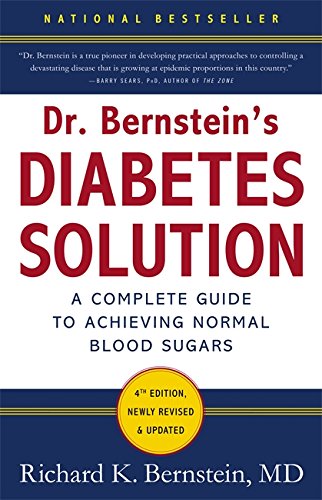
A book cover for Dr. Bernstein's Diabetes Solution: The Complete Guide to Achieving Normal Blood Sugars; Richard K. Bernstein; Health, Fitness & Dieting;